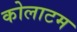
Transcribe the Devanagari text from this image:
कोलाटम